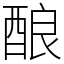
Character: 酿